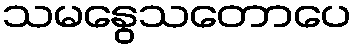
သမနွေသတောပေ